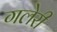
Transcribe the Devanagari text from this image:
गलेरी